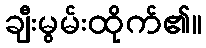
ချီးမွမ်းထိုက်၏။